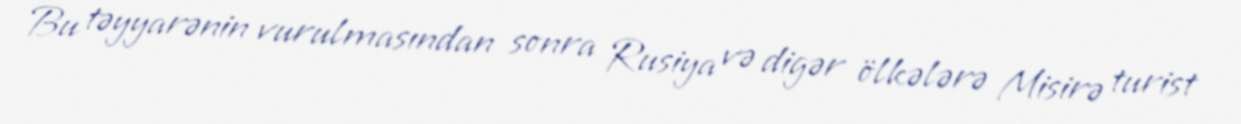
Bu təyyarənin vurulmasından sonra Rusiya və digər ölkələrə Misirə turist